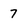
Character: 7